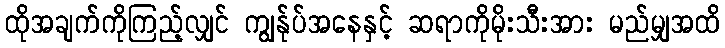
ထိုအချက်ကိုကြည့်လျှင် ကျွန်ုပ်အနေနှင့် ဆရာကိုမိုးသီးအား မည်မျှအထိ